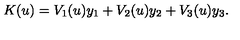
K ( u ) = V _ { 1 } ( u ) y _ { 1 } + V _ { 2 } ( u ) y _ { 2 } + V _ { 3 } ( u ) y _ { 3 } .